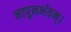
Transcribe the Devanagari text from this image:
नापुनर्भवम्।